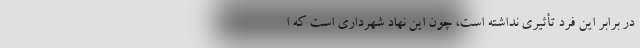
در برابر این فرد تأثیری نداشته است، چون این نهاد شهرداری است که ا